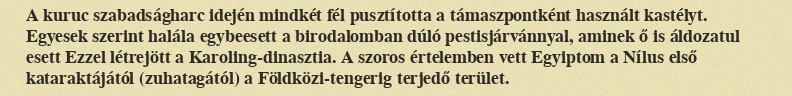
A kuruc szabadságharc idején mindkét fél pusztította a támaszpontként használt kastélyt. Egyesek szerint halála egybeesett a birodalomban dúló pestisjárvánnyal, aminek ő is áldozatul esett Ezzel létrejött a Karoling-dinasztia. A szoros értelemben vett Egyiptom a Nílus első kataraktájától (zuhatagától) a Földközi-tengerig terjedő terület.